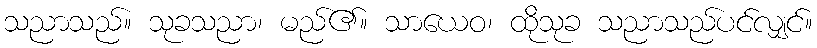
သညာသည်။ သုခသညာ၊ မည်၏။ သာယေဝ၊ ထိုသုခ သညာသည်ပင်လျှင်။